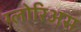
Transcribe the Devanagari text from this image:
ग्लोरिअस